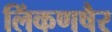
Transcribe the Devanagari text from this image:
लिंकणषैर